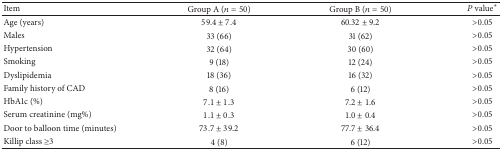
| Item | Group A (n = 50) | Group B (n = 50) | P value* |
 | --- | --- | --- | --- |
 | Age (years) | 59.4 ± 7.4 | 60.32 ± 9.2 | >0.05 |
 | Males | 33 (66) | 31 (62) | >0.05 |
 | Hypertension | 32 (64) | 30 (60) | >0.05 |
 | Smoking | 9 (18) | 12 (24) | >0.05 |
 | Dyslipidemia | 18 (36) | 16 (32) | >0.05 |
 | Family history of CAD | 8 (16) | 6 (12) | >0.05 |
 | HbA1c (%) | 7.1 ± 1.3 | 7.2 ± 1.6 | >0.05 |
 | Serum creatinine (mg%) | 1.1 ± 0.3 | 1.0 ± 0.4 | >0.05 |
 | Door to balloon time (minutes) | 73.7 ± 39.2 | 77.7 ± 36.4 | >0.05 |
 | Killip class ≥3 | 4 (8) | 6 (12) | >0.05 |